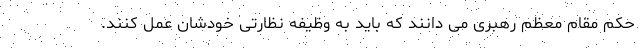
حکم مقام معظم رهبری می دانند که باید به وظیفه نظارتی خودشان عمل کنند.